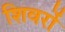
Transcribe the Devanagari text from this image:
शिवरों